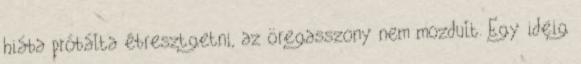
hiába próbálta ébresztgetni, az öregasszony nem mozdult. Egy ideig